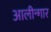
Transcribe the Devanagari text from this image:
आलीन्गार